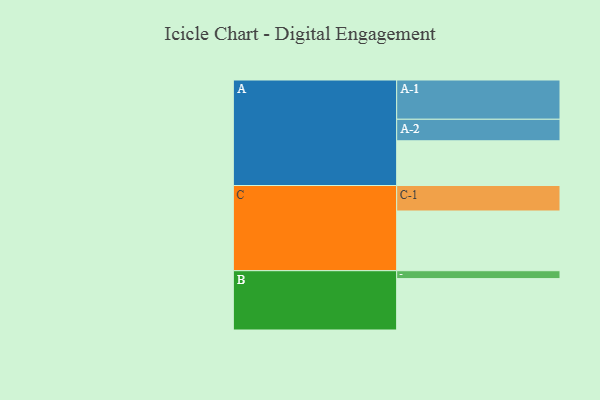
{"axis": {"x": "Segment", "y": "Value"}, "legend": ["", "A", "B", "C"], "data": [{"x": "A", "y": 328, "type": ""}, {"x": "B", "y": 377, "type": ""}, {"x": "C", "y": 438, "type": ""}, {"x": "A-1", "y": 288, "type": "A"}, {"x": "A-2", "y": 158, "type": "A"}, {"x": "B-1", "y": 58, "type": "B"}, {"x": "C-1", "y": 187, "type": "C"}]}